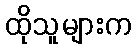
ထိုသူများက